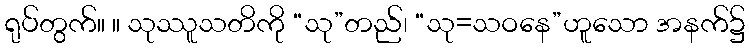
ရုပ်တွက်။ ။ သုဿူသတိကို “သု”တည်၊ “သု=သဝနေ”ဟူသော အနက်၌